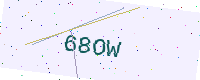
Text: 68OW